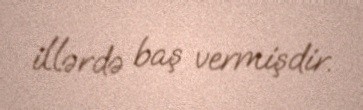
illərdə baş vermişdir.